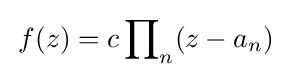
\,f(z)=c\,{\displaystyle \prod }_{n}(z-a_{n})